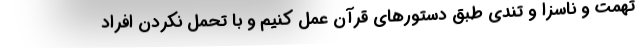
تهمت و ناسزا و تندی ‌طبق دستورهای قرآن عمل کنیم و با تحمل نکردن افراد